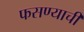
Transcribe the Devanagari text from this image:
फसण्याची